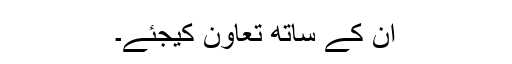
ان کے ساتھ تعاون کیجئے۔